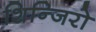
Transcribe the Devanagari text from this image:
शिन्जिरो